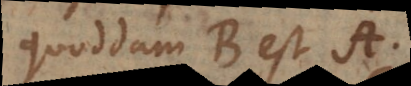
quoddam B est A.